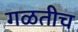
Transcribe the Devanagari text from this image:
गळतीच